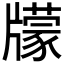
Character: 𤘁